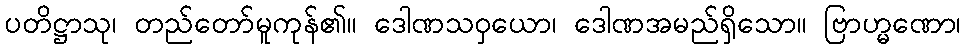
ပတိဋ္ဌာသု၊ တည်တော်မူကုန်၏။ ဒေါဏသဝှယော၊ ဒေါဏအမည်ရှိသော။ ဗြာဟ္မဏော၊